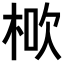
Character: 𣒱